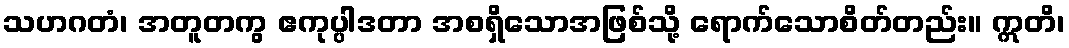
သဟဂတံ၊ အတူတကွ ဧကုပ္ပါဒတာ အစရှိသောအဖြစ်သို့ ရောက်သောစိတ်တည်း။ ဣတိ၊